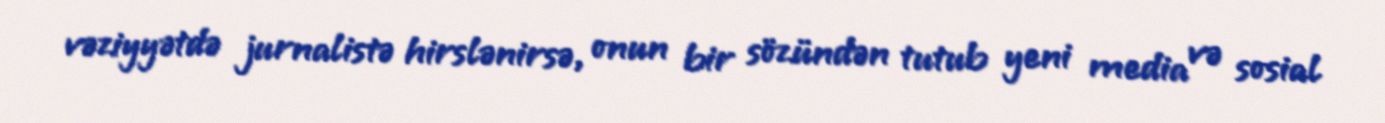
vəziyyətdə jurnalistə hirslənirsə, onun bir sözündən tutub yeni media və sosial